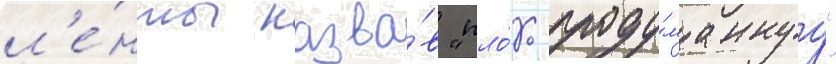
л'е́нты назва́в "пло́хо проду́маннуу"